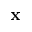
\mathbf { x }